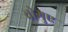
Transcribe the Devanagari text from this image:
वोगुए